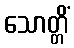
သောတ္တိံ